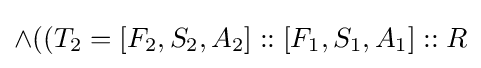
\land ((T_{2}=[F_{2},S_{2},A_{2}]::[F_{1},S_{1},A_{1}]::R